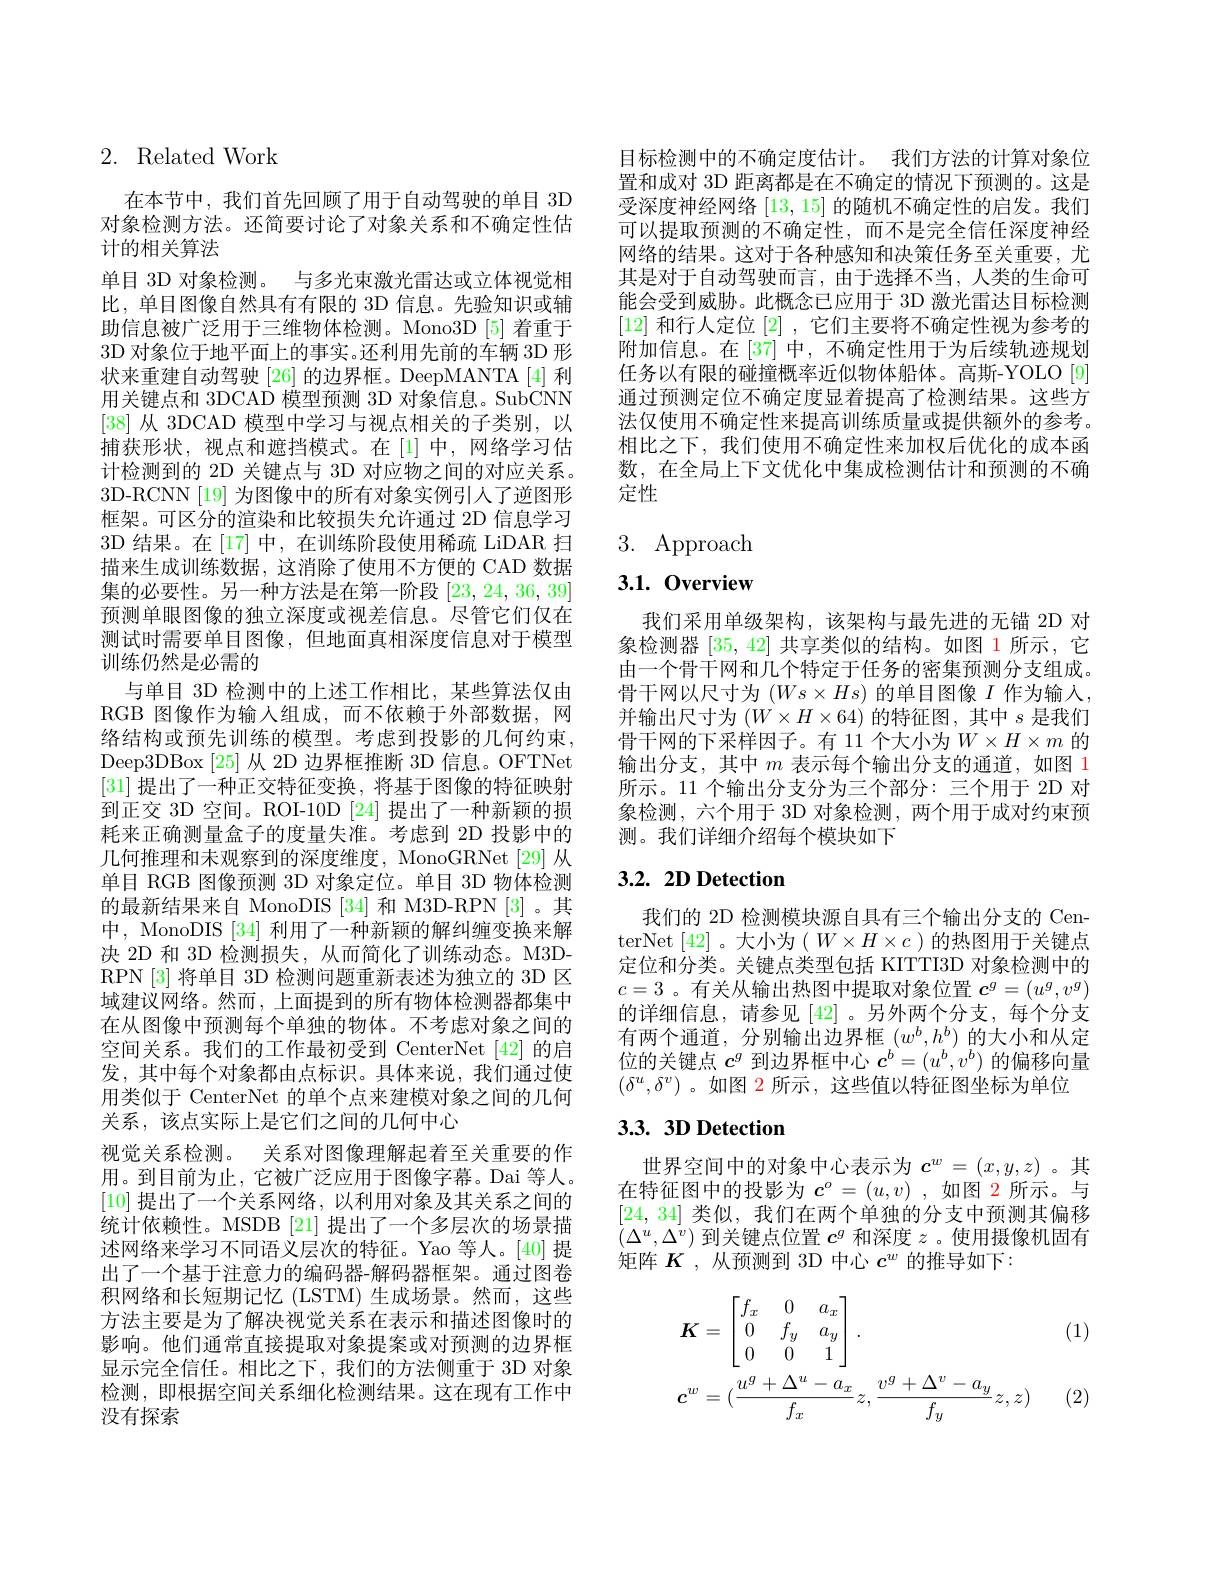
## 2. Related Work

在本节中，我们首先回顾了用于自动驾驶的单目 3D 对象检测方法。还简要讨论了对象关系和不确定性估计的相关算法
单目 3D 对象检测。与多光束激光雷达或立体视觉相比，单目图像自然具有有限的 3D 信息。先验知识或辅助信息被广泛用于三维物体检测。Mono3D[5] 着重于3D 对象位于地平面上的事实。还利用先前的车辆 3D 形状来重建自动驾驶 [26] 的边界框。DeepMANTA [4] 利用关键点和 3DCAD 模型预测 3D 对象信息。SubCNN [38]从 3DCAD 模型中学习与视点相关的子类别，以捕获形状，视点和遮挡模式。在[1]中，网络学习估计检测到的 2D 关键点与 3D 对应物之间的对应关系。3D-RCNN [19] 为图像中的所有对象实例引人了逆图形框架。可区分的渲染和比较损失允许通过 2D 信息学习3D 结果。在[17]中，在训练阶段使用稀疏 LiDAR 扫描来生成训练数据，这消除了使用不方便的 CAD 数据集的必要性。另一种方法是在第一阶段[23,24,36,39] 预测单眼图像的独立深度或视差信息。尽管它们仅在测试时需要单目图像，但地面真相深度信息对于模型训练仍然是必需的
与单目 3D 检测中的上述工作相比，某些算法仅由RGB 图像作为输人组成，而不依赖于外部数据，网络结构或预先训练的模型。考虑到投影的几何约束， Deep3DBox [25] 从 2D 边界框推断 3D 信息。OFTNet [31]提出了一种正交特征变换，将基于图像的特征映射到正交 3D 空间。ROI-10D [24] 提出了一种新颖的损耗来正确测量盒子的度量失准。考虑到 2D 投影中的几何推理和未观察到的深度维度，MonoGRNet[29] 从单目 RGB 图像预测 3D 对象定位。单目 3D 物体检测的最新结果来自 MonoDIS [34] 和 M3D-RPN [3]。其中，MonoDIS [34] 利用了一种新颖的解纠缠变换来解决 2D 和 3D 检测损失，从而简化了训练动态。M3DRPN [3]将单目 3D 检测问题重新表述为独立的 3D 区域建议网络。然而，上面提到的所有物体检测器都集中在从图像中预测每个单独的物体。不考虑对象之间的空间关系。我们的工作最初受到 CenterNet [42] 的启发，其中每个对象都由点标识。具体来说，我们通过使用类似于 CenterNet 的单个点来建模对象之间的几何关系，该点实际上是它们之间的几何中心
视觉关系检测。关系对图像理解起着至关重要的作用。到目前为止，它被广泛应用于图像字幕。Dai 等人。[10]提出了一个关系网络，以利用对象及其关系之间的统计依赖性。MSDB [21] 提出了一个多层次的场景描述网络来学习不同语义层次的特征。Yao 等人。[40] 提出了一个基于注意力的编码器-解码器框架。通过图卷积网络和长短期记忆 (LSTM) 生成场景。然而，这些方法主要是为了解决视觉关系在表示和描述图像时的影响。他们通常直接提取对象提案或对预测的边界框显示完全信任。相比之下，我们的方法侧重于 3D 对象检测，即根据空间关系细化检测结果。这在现有工作中没有探索

目标检测中的不确定度估计。我们方法的计算对象位置和成对 3D 距离都是在不确定的情况下预测的。这是受深度神经网络[13,15]的随机不确定性的启发。我们可以提取预测的不确定性，而不是完全信任深度神经网络的结果。这对于各种感知和决策任务至关重要，尤其是对于自动驾驶而言，由于选择不当，人类的生命可能会受到威胁。此概念已应用于 3D 激光雷达目标检测[12]和行人定位[2] ,它们主要将不确定性视为参考的附加信息。在[37] 中，不确定性用于为后续轨迹规划任务以有限的碰撞概率近似物体船体。高斯-YOLO[9] 通过预测定位不确定度显着提高了检测结果。这些方法仅使用不确定性来提高训练质量或提供额外的参考。相比之下，我们使用不确定性来加权后优化的成本函数，在全局上下文优化中集成检测估计和预测的不确定性

# 3. Approach

3.1.0verview

我们采用单级架构，该架构与最先进的无锚 2D 对象检测器[35,42]共享类似的结构。如图 1 所示，它由一个骨干网和几个特定于任务的密集预测分支组成。骨干网以尺寸为$(Ws\times Hs)$的单目图像$I$作为输入， 并输出尺寸为$(W\times H\times64)$的特征图，其中$s$是我们骨干网的下采样因子。有 11 个大小为$W\times H\times m$的输出分支，其中$m$表示每个输出分支的通道，如图 1所示。11 个输出分支分为三个部分：三个用于 2D 对象检测，六个用于 3D 对象检测，两个用于成对约束预测。我们详细介绍每个模块如下

## 3.2. 2D Detection

我们的 2D 检测模块源自具有三个输出分支的 CenterNet [42]。大小为$(W\times H\times c)$的热图用于关键点定位和分类。关键点类型包括 KITTI3D 对象检测中的$c=3$ 。有关从输出热图中提取对象位置$\boldsymbol{c}^g=(u^g,v^g)$ 的详细信息，请参见[42]。另外两个分支，每个分支有两个通道，分别输出边界框$\left(w^b,h^b\right)$的大小和从定位的关键点$c^g$到边界框中心$\boldsymbol{c}^b=(u^b,v^b)$的偏移向量$(\delta^u,\delta^v)$。如图 2 所示，这些值以特征图坐标为单位

# 3.3. 3D Detection

世界空间中的对象中心表示为$c^w=(x,y,z)$ 。其在特征图中的投影为$c^o=(u,v)$ ,如图 2 所示。与[24,34]类似，我们在两个单独的分支中预测其偏移$(\Delta^u,\Delta^v)$到关键点位置$c^g$和深度$z$ 。使用摄像机固有矩阵$K$ ,从预测到 3D 中心$c^w$的推导如下：

(1)
$$\begin{aligned}&\boldsymbol{K}=\begin{bmatrix}f_x&0&a_x\\0&f_y&a_y\\0&0&1\end{bmatrix}.\\&\boldsymbol{c}^{w}=(\frac{u^g+\Delta^u-a_x}{f_x}z,\frac{v^g+\Delta^v-a_y}{f_y}z,z)\end{aligned}$$
(2)